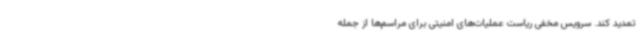
تمدید کند. سرویس مخفی ریاست عملیات‌های امنیتی برای مراسم‌ها از جمله